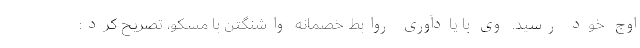
اوج خود رسید. وی با یادآوری روابط خصمانه واشنگتن با مسکو، تصریح کرد: